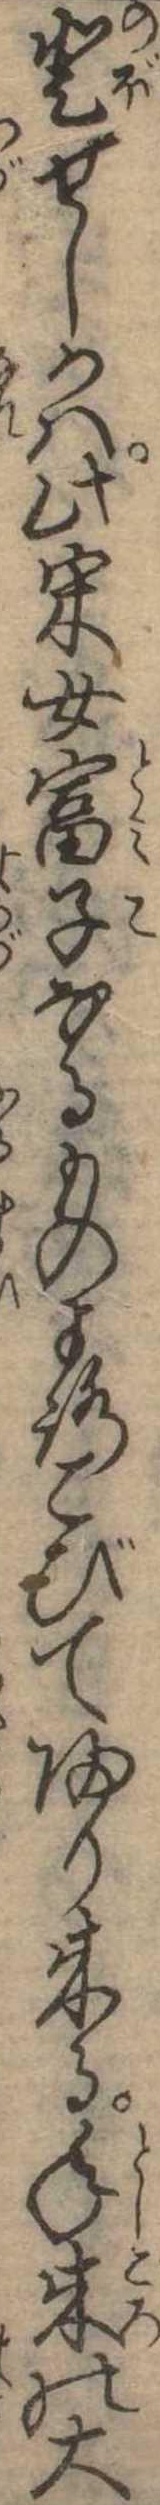
登せしかは此采女富子なるものよろこびて帰り来る年来の大